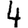
Digit: 4